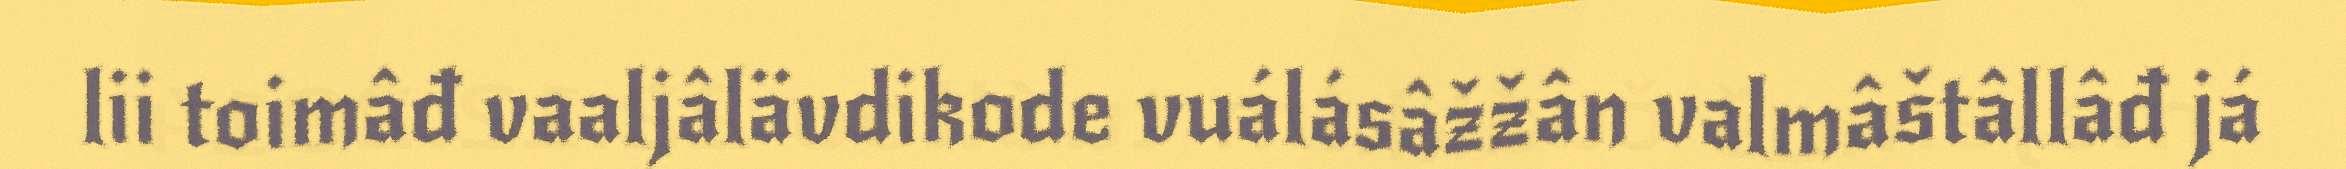
lii toimâđ vaaljâlävdikode vuálásâžžân valmâštâllâđ já